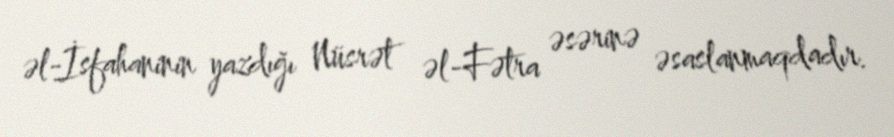
əl-İsfahaninin yazdığı Nüsrət əl-Fətra əsərinə əsaslanmaqdadır.